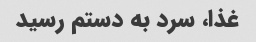
غذا، سرد به دستم رسید